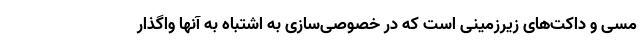
مسی و داکت‌های زیرزمینی است که در خصوصی‌سازی به اشتباه به آنها واگذار